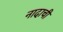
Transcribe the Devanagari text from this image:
नादाची